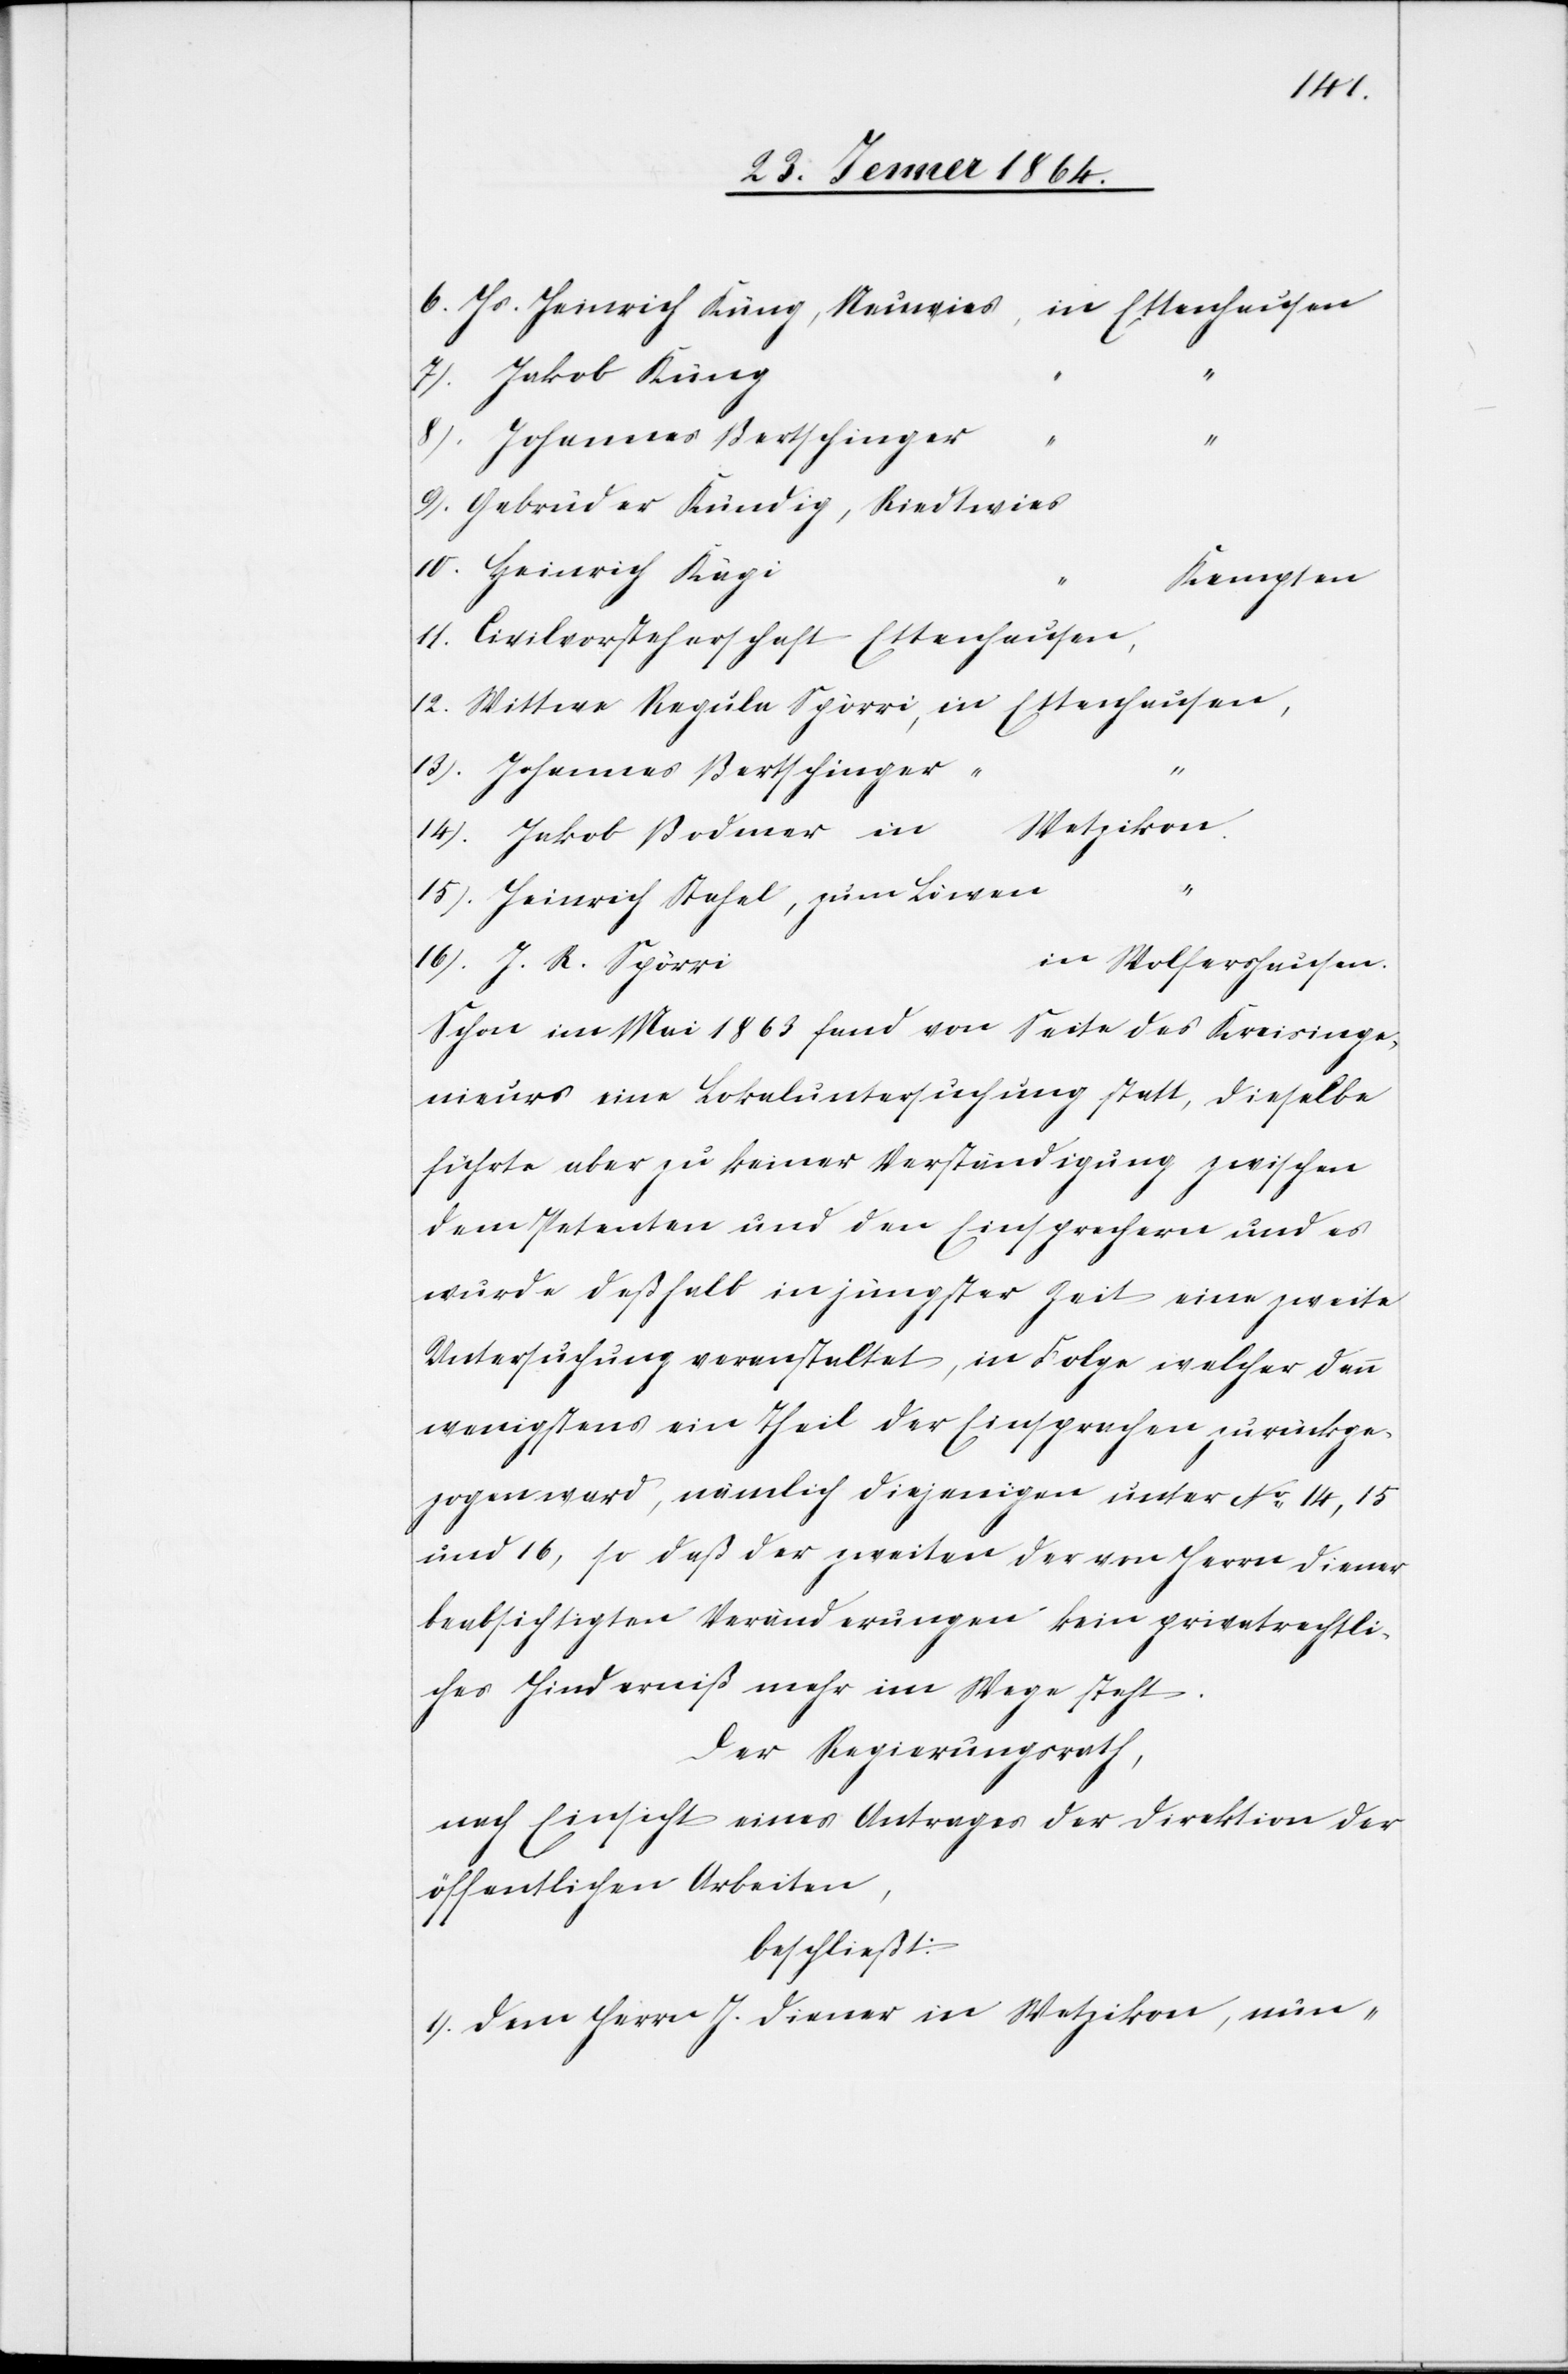
6.) Hr. Heinrich Küng, Neuwies, 	in Ettenhausen
7.) Jakob Küng
8.) Johannes Bertschinger
9.) Gebrüder Kündig, Riedtwies
10.) Heinrich Kägi
Kempten
11.) Civilvorsteherschaft Ettenhausen
12.) Wittwe Regula Spörri, 	in Ettenhausen,
13.) Johannes Bertschinger
“
14.) Jakob Bodmer	in Wetzikon.
15.) Heinrich Stahel, zum Löwen
n Wolfershausen.
16.) J. R. Spörri	i¬
Schon im Mai 1863 fand von Seite des Kreisinge¬
nieurs eine Lokaluntersuchung statt, dieselbe
führte aber zu keiner Verständigung zwischen
dem Petenten und den Einsprachen und es
wurde deßhalb in jüngster Zeit eine zweite
Untersuchung veranstaltet, in Folge welcher denn
wenigstens ein Theil der Einsprachen zurückge¬
zogen ward, nämlich diejenigen unter No 14, 15
und 16, so daß der zweiten der von Herrn Diener
beabsichtigten Veränderungen kein privatrechtli¬
ches Hinderniß mehr im Wege steht.
Der Regierungsrath,
nach Einsicht eines Antrages der Direktion der
öffentlichen Arbeiten,
beschließt:
1. Dem Herrn J. Diener in Wetzikon, nun-